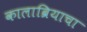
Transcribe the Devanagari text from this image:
कालाब्रियाचा